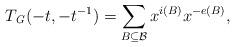
LaTeX: \begin{align*}T_{\mathit{G}}(-t,-t^{-1})=\sum_{B\subseteq \mathcal{B}}x^{i(B)}x^{-e(B)},\end{align*}